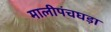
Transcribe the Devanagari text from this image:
मालीपंचघड़ा